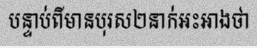
បន្ទាប់ពីមានបុរស២នាក់អះអាងថា